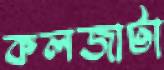
কলজাটা